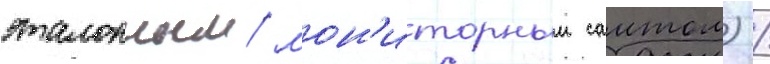
эталонным/ мон'иторным саитом) /